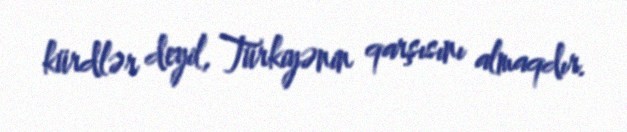
kürdlər deyil, Türkiyənin qarşısını almaqdır.